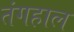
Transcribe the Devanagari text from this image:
तंगहाल